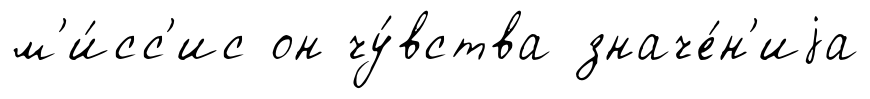
м'и́сс'ис он чу́вства значе́н'иjа